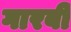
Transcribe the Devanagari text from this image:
गारबी